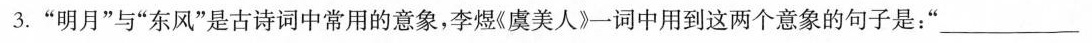
3.”明月”与”东风”是古诗词中常用的意象，李煜《虞美人》一词中用到这两个意象的句子是：”___